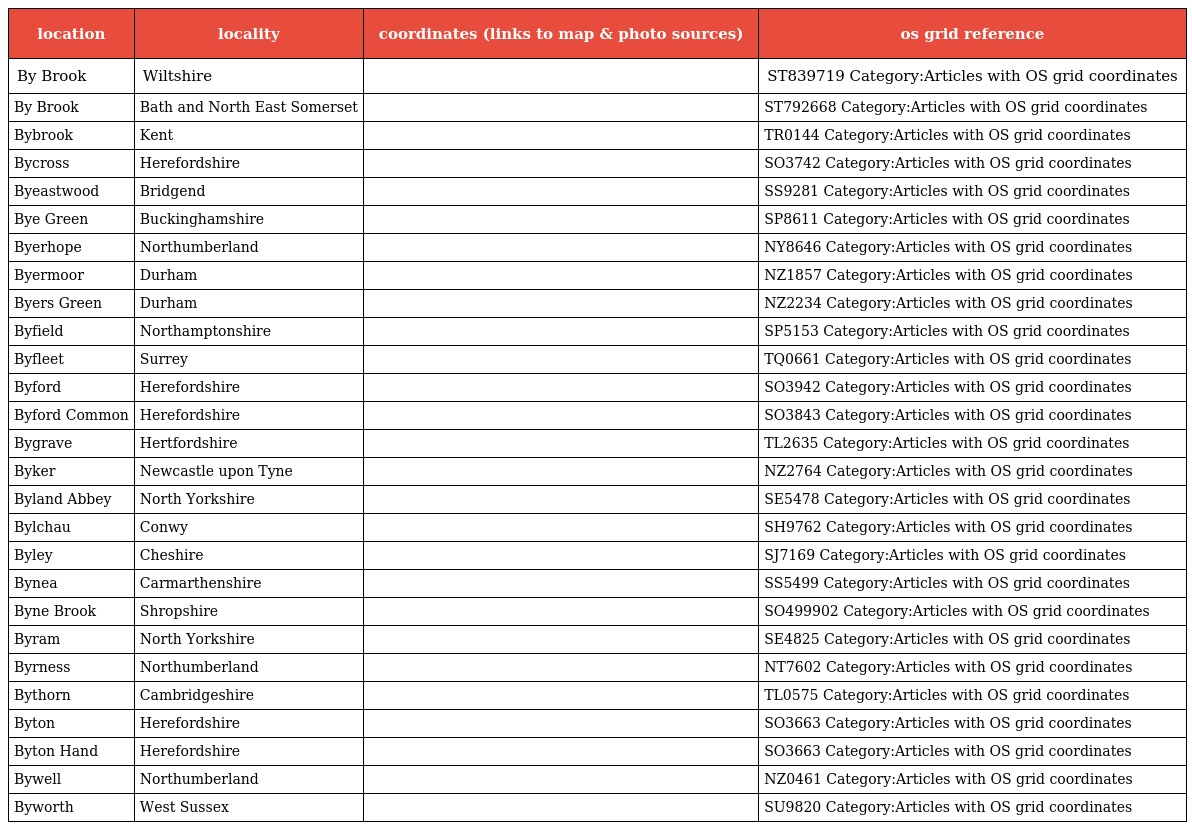
| location | locality | coordinates (links to map & photo sources) | os grid reference |
 | --- | --- | --- | --- |
 | By Brook | Wiltshire |  | ST839719 Category:Articles with OS grid coordinates |
 | By Brook | Bath and North East Somerset |  | ST792668 Category:Articles with OS grid coordinates |
 | Bybrook | Kent |  | TR0144 Category:Articles with OS grid coordinates |
 | Bycross | Herefordshire |  | SO3742 Category:Articles with OS grid coordinates |
 | Byeastwood | Bridgend |  | SS9281 Category:Articles with OS grid coordinates |
 | Bye Green | Buckinghamshire |  | SP8611 Category:Articles with OS grid coordinates |
 | Byerhope | Northumberland |  | NY8646 Category:Articles with OS grid coordinates |
 | Byermoor | Durham |  | NZ1857 Category:Articles with OS grid coordinates |
 | Byers Green | Durham |  | NZ2234 Category:Articles with OS grid coordinates |
 | Byfield | Northamptonshire |  | SP5153 Category:Articles with OS grid coordinates |
 | Byfleet | Surrey |  | TQ0661 Category:Articles with OS grid coordinates |
 | Byford | Herefordshire |  | SO3942 Category:Articles with OS grid coordinates |
 | Byford Common | Herefordshire |  | SO3843 Category:Articles with OS grid coordinates |
 | Bygrave | Hertfordshire |  | TL2635 Category:Articles with OS grid coordinates |
 | Byker | Newcastle upon Tyne |  | NZ2764 Category:Articles with OS grid coordinates |
 | Byland Abbey | North Yorkshire |  | SE5478 Category:Articles with OS grid coordinates |
 | Bylchau | Conwy |  | SH9762 Category:Articles with OS grid coordinates |
 | Byley | Cheshire |  | SJ7169 Category:Articles with OS grid coordinates |
 | Bynea | Carmarthenshire |  | SS5499 Category:Articles with OS grid coordinates |
 | Byne Brook | Shropshire |  | SO499902 Category:Articles with OS grid coordinates |
 | Byram | North Yorkshire |  | SE4825 Category:Articles with OS grid coordinates |
 | Byrness | Northumberland |  | NT7602 Category:Articles with OS grid coordinates |
 | Bythorn | Cambridgeshire |  | TL0575 Category:Articles with OS grid coordinates |
 | Byton | Herefordshire |  | SO3663 Category:Articles with OS grid coordinates |
 | Byton Hand | Herefordshire |  | SO3663 Category:Articles with OS grid coordinates |
 | Bywell | Northumberland |  | NZ0461 Category:Articles with OS grid coordinates |
 | Byworth | West Sussex |  | SU9820 Category:Articles with OS grid coordinates |